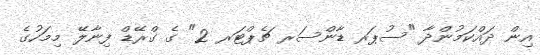
އިން ދައްކަމުންދާ "ސުޕަރ ޑާންސަރ ޗެޕްޓަރ 2" ގެ ގްރޭޑް ފިނާލޭ މިމަހުގެ